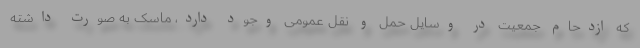
که ازدحام جمعیت در وسایل حمل و نقل عمومی وجود دارد، ماسک به صورت داشته